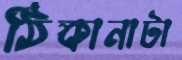
ঠিকানাটা